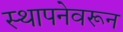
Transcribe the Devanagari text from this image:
स्थापनेवरून